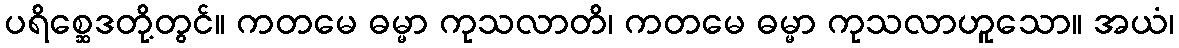
ပရိစ္ဆေဒတို့တွင်။ ကတမေ ဓမ္မာ ကုသလာတိ၊ ကတမေ ဓမ္မာ ကုသလာဟူသော။ အယံ၊